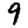
Digit: 9